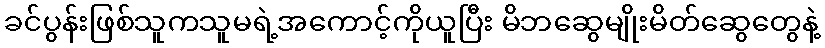
ခင်ပွန်းဖြစ်သူကသူမရဲ့အကောင့်ကိုယူပြီး မိဘဆွေမျိုးမိတ်ဆွေတွေနဲ့